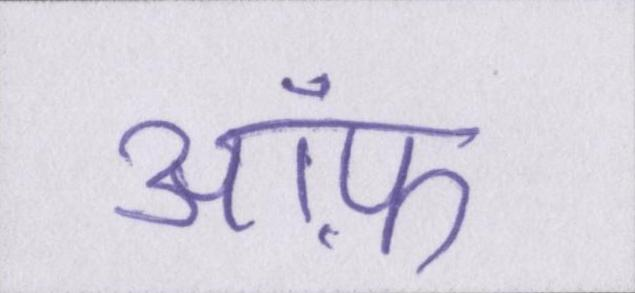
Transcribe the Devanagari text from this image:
ऑफ़